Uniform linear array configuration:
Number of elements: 24
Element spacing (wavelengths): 1
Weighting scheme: hann
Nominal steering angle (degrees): -30
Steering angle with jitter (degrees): -31.704
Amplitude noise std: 0.05
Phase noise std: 0.05

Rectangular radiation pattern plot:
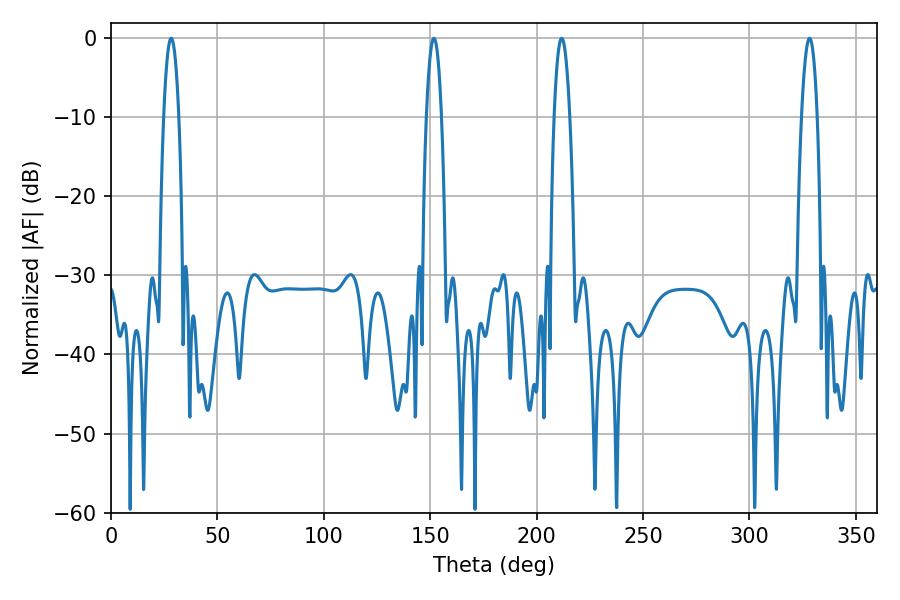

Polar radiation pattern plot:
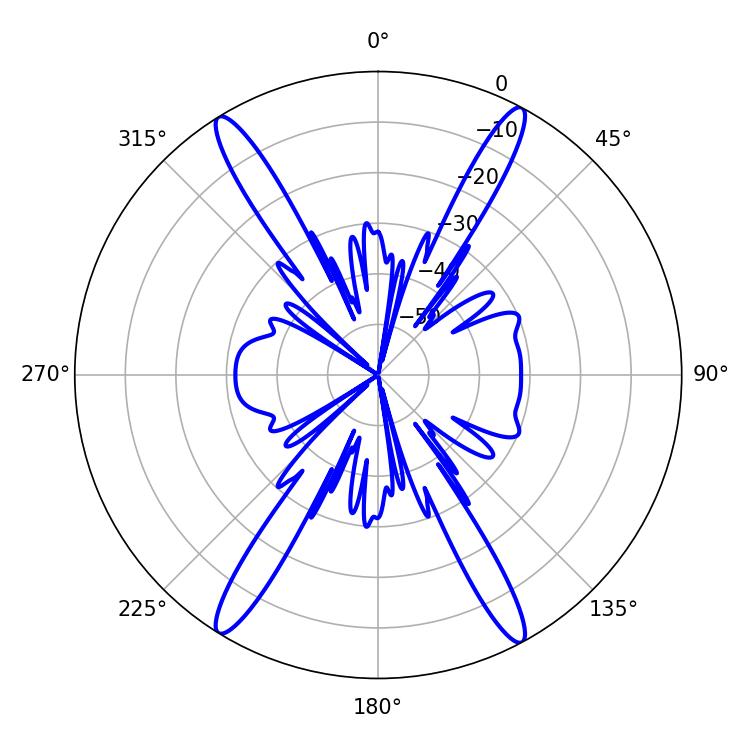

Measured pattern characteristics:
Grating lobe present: TRUE
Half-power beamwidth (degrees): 3.96
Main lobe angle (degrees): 151.74